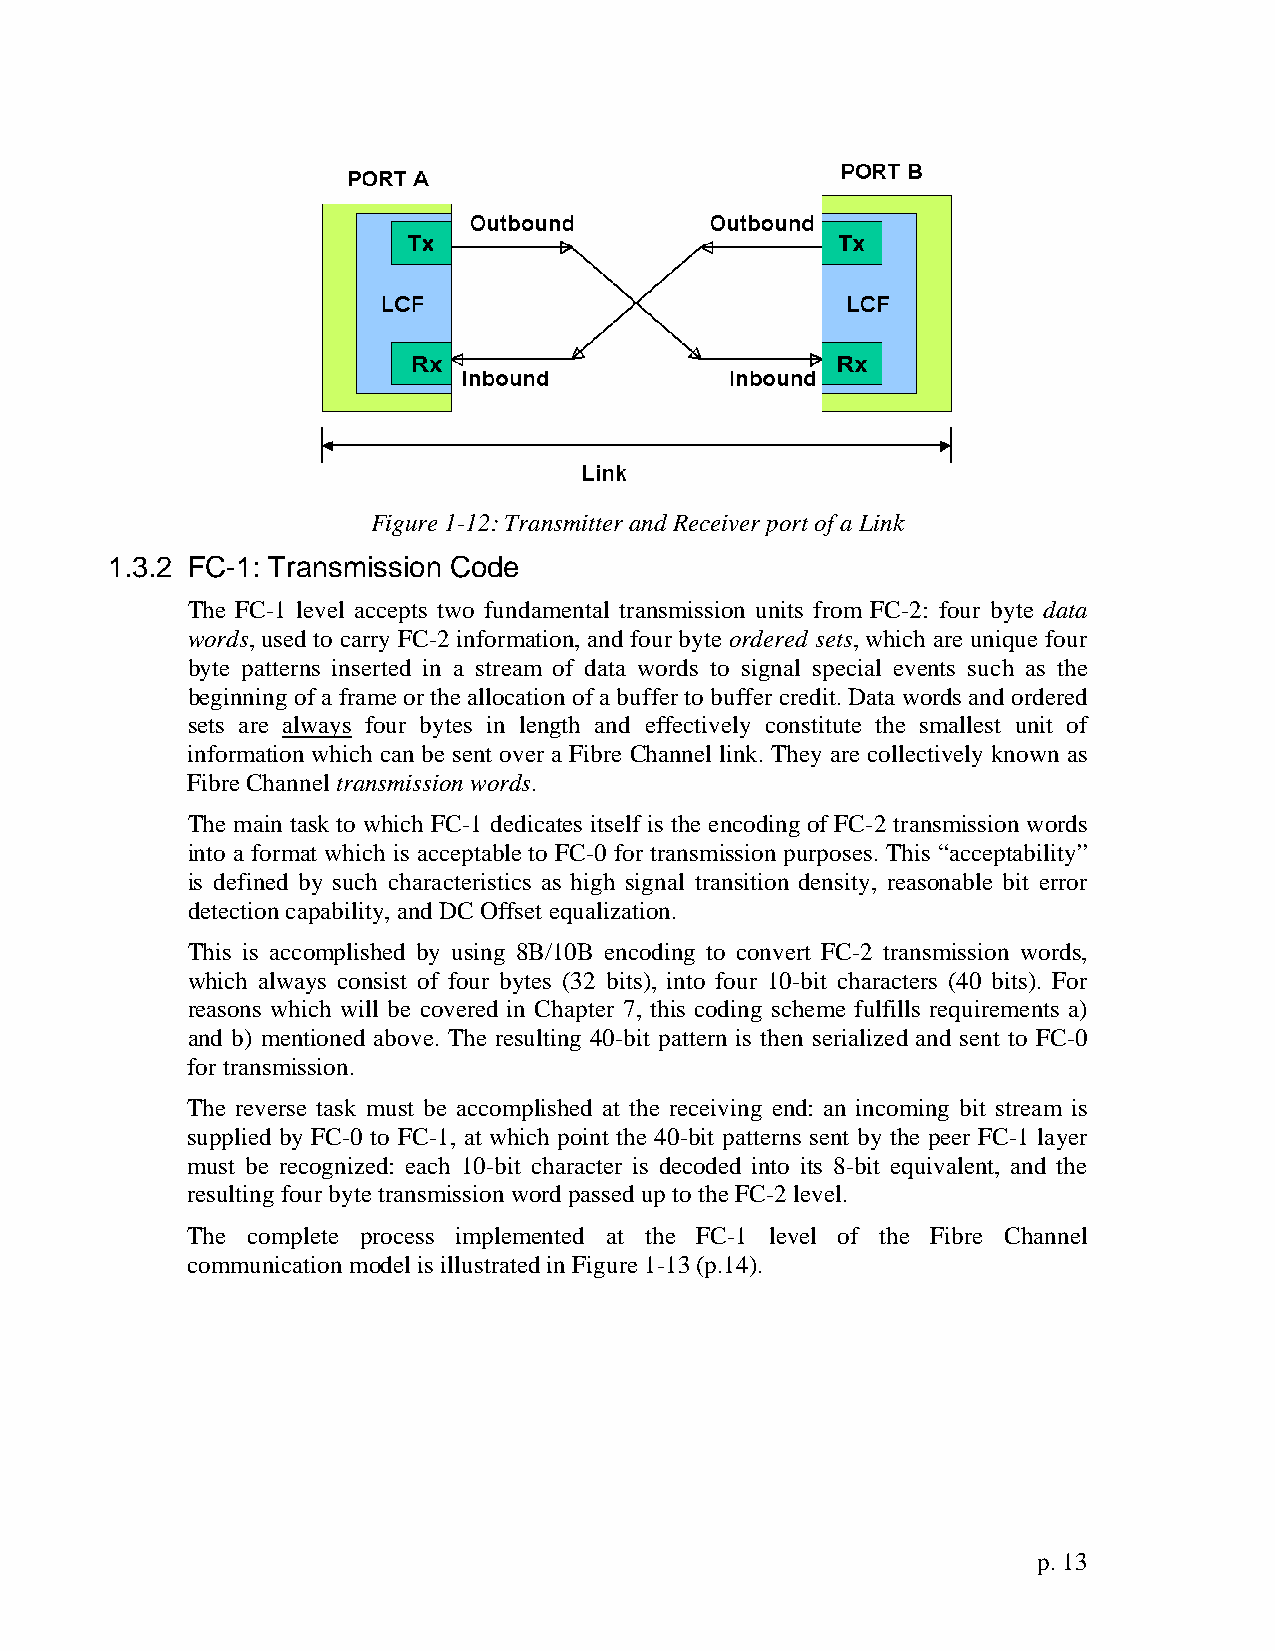
Figure 1-12: Transmitter and Receiver port of a Link
 1.3.2 FC-1: Transmission Code
 The FC-1 level accepts two fundamental transmission units from FC-2: four byte data
 words, used to carry FC-2 information, and four byte ordered sets, which are unique four
 byte patterns inserted in a stream of data words to signal special events such as the
 beginning of a frame or the allocation of a buffer to buffer credit. Data words and ordered
 sets are always four bytes in length and effectively constitute the smallest unit of
 information which can be sent over a Fibre Channel link. They are collectively known as
 Fibre Channel transmission words.
 The main task to which FC-1 dedicates itself is the encoding of FC-2 transmission words
 into a format which is acceptable to FC-0 for transmission purposes. This “acceptability”
 is defined by such characteristics as high signal transition density, reasonable bit error
 detection capability, and DC Offset equalization.
 This is accomplished by using 8B/10B encoding to convert FC-2 transmission words,
 which always consist of four bytes (32 bits), into four 10-bit characters (40 bits). For
 reasons which will be covered in Chapter 7, this coding scheme fulfills requirements a)
 and b) mentioned above. The resulting 40-bit pattern is then serialized and sent to FC-0
 for transmission.
 The reverse task must be accomplished at the receiving end: an incoming bit stream is
 supplied by FC-0 to FC-1, at which point the 40-bit patterns sent by the peer FC-1 layer
 must be recognized: each 10-bit character is decoded into its 8-bit equivalent, and the
 resulting four byte transmission word passed up to the FC-2 level.
 The complete process implemented at the FC-1 level of the Fibre Channel
 communication model is illustrated in Figure 1-13 (p.14).
 p. 13